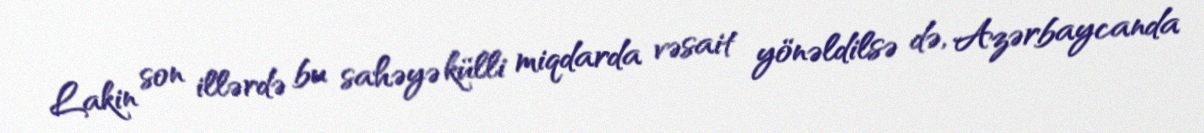
Lakin son illərdə bu sahəyə külli miqdarda vəsait yönəldilsə də, Azərbaycanda